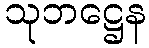
သုဘဋ္ဌေန